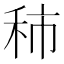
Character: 𥞑